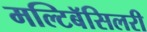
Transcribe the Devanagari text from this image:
मल्टिबॅसिलरी